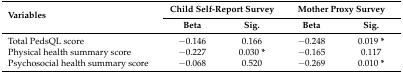
<table><thead><tr><td rowspan="2"><b>Variables</b></td><td colspan="2"><b>Child Self-Report Survey</b></td><td colspan="2"><b>Mother Proxy Survey</b></td></tr><tr><td><b>Beta</b></td><td><b>Sig.</b></td><td><b>Beta</b></td><td><b>Sig.</b></td></tr></thead><tbody><tr><td>Total PedsQL score</td><td>−0.146</td><td>0.166</td><td>−0.248</td><td>0.019 <b>*</b></td></tr><tr><td>Physical health summary score</td><td>−0.227</td><td>0.030 <b>*</b></td><td>−0.165</td><td>0.117</td></tr><tr><td>Psychosocial health summary score</td><td>−0.068</td><td>0.520</td><td>−0.269</td><td>0.010 <b>*</b></td></tr></tbody></table>